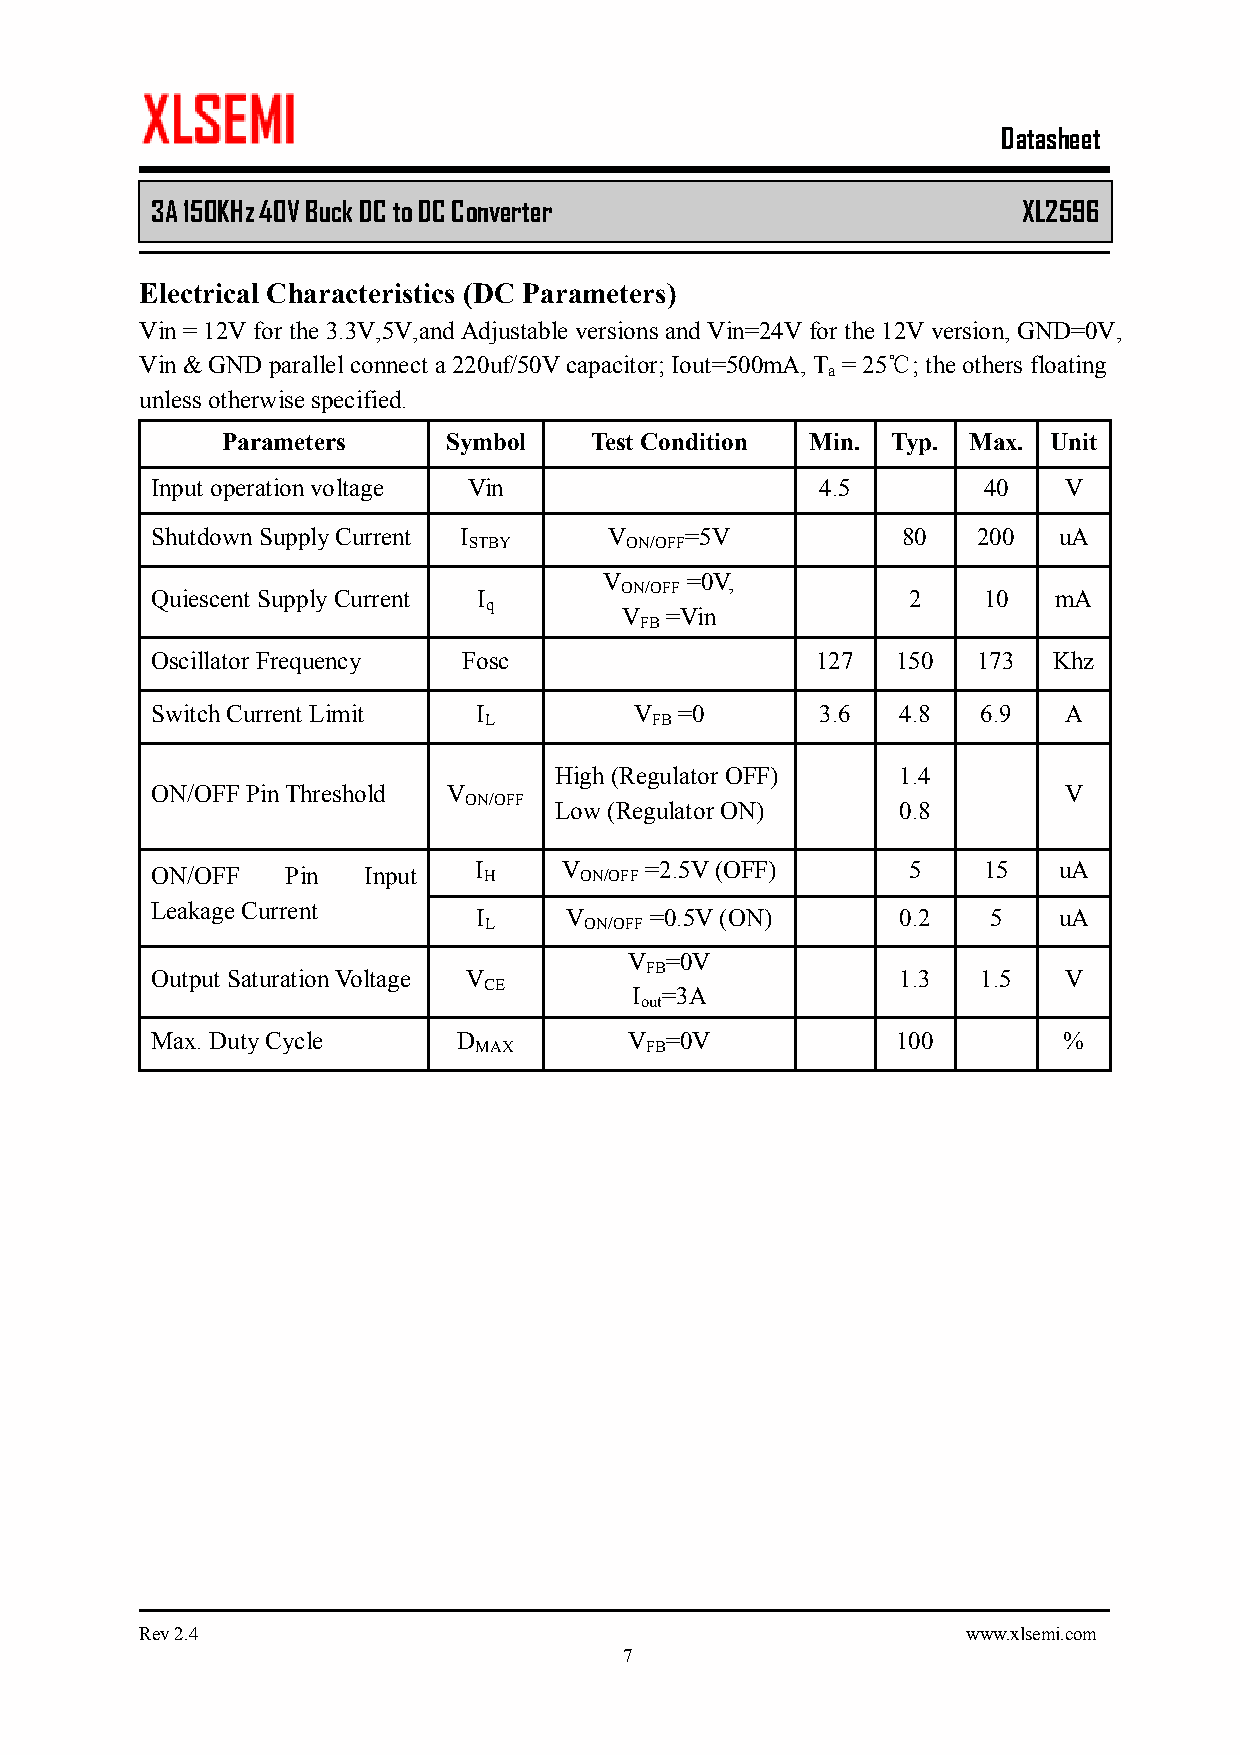
Datasheet
 3A 150KHz 40V Buck DC to DC Converter         XL2596
 Electrical Characteristics (DC Parameters)
 Vin = 12V for the 3.3V,5V,and Adjustable versions and Vin=24V for the 12V version, GND=0V,
 Vin & GND parallel connect a 220uf/50V capacitor; Iout=500mA, T = 25℃; the others floating
 a
 unless otherwise specified.
 Parameters    Symbol    Test Condition Min. Typ. Max. Unit
 Input operation voltage Vin                 4.5        40   V
 Shutdown Supply Current I     V    =5V            80   200  uA
 STBY      ON/OFF
 V    =0V,
 ON/OFF
 Quiescent Supply Current I                        2    10   mA
 q
 V  =Vin
 FB
 Oscillator Frequency Fosc                   127  150   173  Khz
 Switch Current Limit  I         V  =0       3.6   4.8  6.9  A
 L          FB
 High (Regulator OFF)   1.4
 ON/OFF Pin Threshold V                                      V
 ON/OFF
 Low (Regulator ON)     0.8
 I     V     =2.5V (OFF)      5    15   uA
 ON/OFF Pin Input      H     ON/OFF
 Leakage Current
 I    V     =0.5V (ON)       0.2   5   uA
 L      ON/OFF
 V =0V
 FB
 Output Saturation Voltage V                       1.3  1.5  V
 CE
 I =3A
 out
 Max. Duty Cycle     D           V =0V            100        %
 MAX         FB
 Rev 2.4                                                www.xlsemi.com
 7